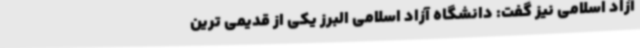
آزاد اسلامی نیز گفت: دانشگاه آزاد اسلامی البرز یکی از قدیمی ترین